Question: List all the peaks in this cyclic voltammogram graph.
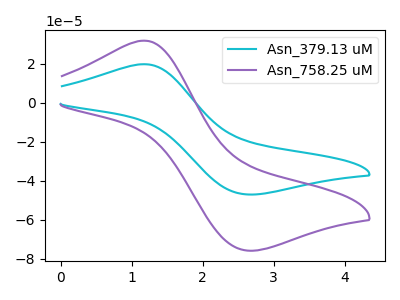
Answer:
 <answer>The cyan curve "Asn_379.13 uM" has an anodic peak at (1.15V, 19.70uA) and a cathodic peak at (2.65V, -46.95uA). The purple curve "Asn_758.25 uM" has an anodic peak at (1.15V, 31.75uA) and a cathodic peak at (2.65V, -75.70uA).</answer>
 <eval></eval>